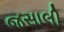
જસાલી